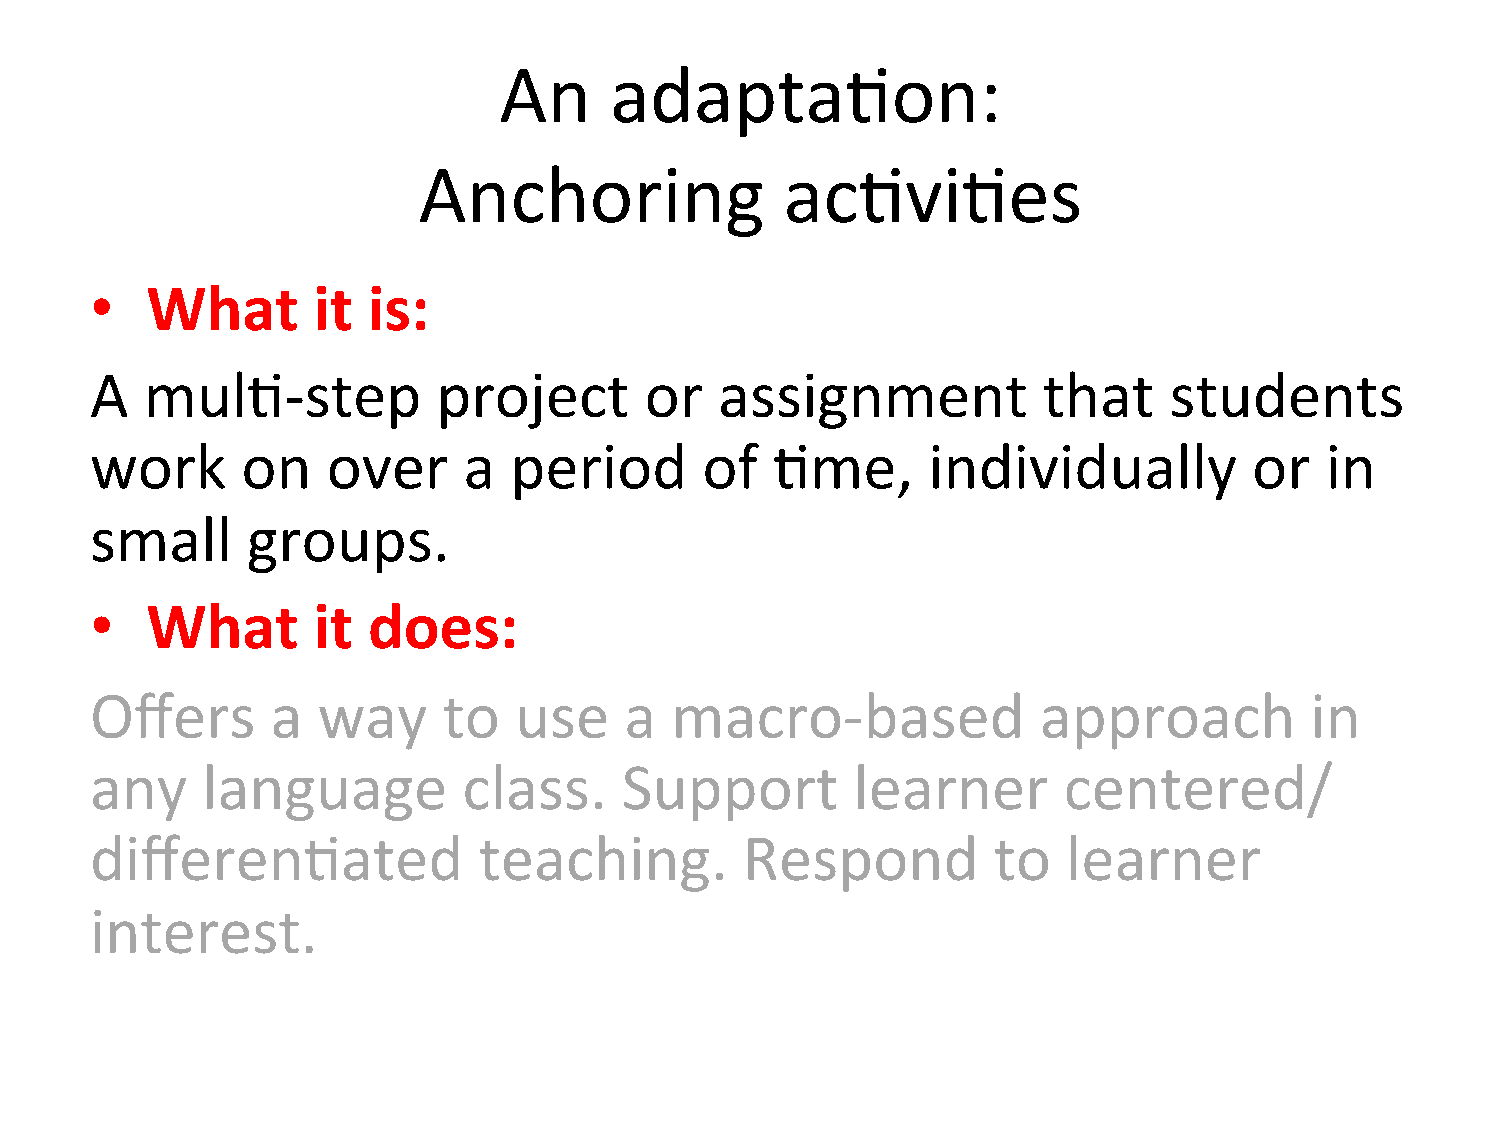
An     adapta=on:
 Anchoring               ac=vi=es
 •   What       it is:
 A   mul=-­‐step        project       or   assignment           that    students
 work      on    over     a  period       of  =me,      individually          or   in
 small     groups.
 •   What       it does:
 Offers      a  way     to   use    a  macro-­‐based            approach          in
 any    language          class.    Support         learner      centered/
 differen=ated             teaching.        Respond          to   learner
 interest.